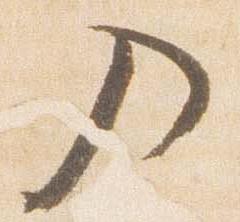
入